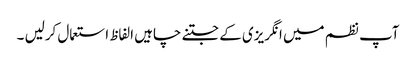
آپ نظم میں انگریزی کے جتنے چاہیں الفاظ استعمال کرلیں ۔